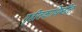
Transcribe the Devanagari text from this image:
गृहीतकाधिष्ठीत